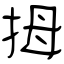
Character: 拇